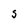
Character: S